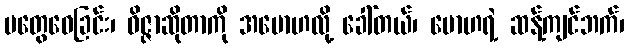
မတွေဝေခြင်း၊ ဝိဇ္ဇာဆိုတာကို အမောဟလို့ ခေါ်တယ်၊ မောဟရဲ့ ဆန့်ကျင်ဘက်၊